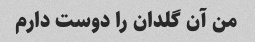
من آن گلدان را دوست دارم